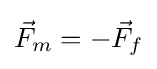
{\vec {F}}_{m}=-{\vec {F}}_{f}